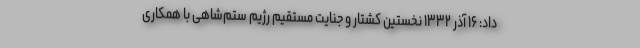
داد: ۱۶ آذر ۱۳۳۲ نخستین کشتار و جنایت مستقیم رژیم ستم‌شاهی با همکاری